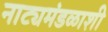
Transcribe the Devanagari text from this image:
नाट्यमंडळाशी